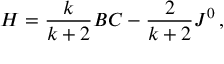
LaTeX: H = \frac { k } { k + 2 } B C - \frac { 2 } { k + 2 } J ^ { 0 } \, ,